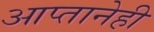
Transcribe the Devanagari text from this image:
आप्तानेही